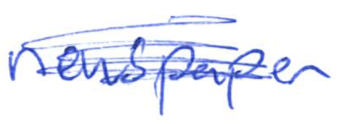
Text: newspaper
Cross-out: scratch
Writing tool: ballpoint